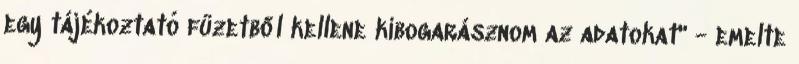
egy tájékoztató füzetből kellene kibogarásznom az adatokat" - emelte